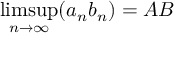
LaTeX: \operatorname* { l i m s u p } _ { n \to \infty } ( a _ { n } b _ { n } ) = A B